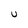
Character: U